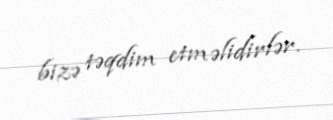
bizə təqdim etməlidirlər.